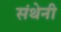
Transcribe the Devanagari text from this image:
संथेनी